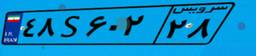
۷۳S۰۰۶۱۲